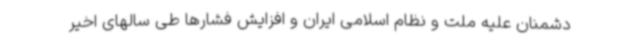
دشمنان علیه ملت و نظام اسلامی ایران و افزایش فشارها طی سالهای اخیر